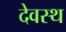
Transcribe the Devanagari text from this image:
देवस्थ